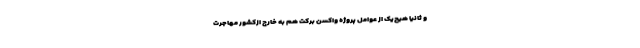
و ثانیا هیچ‌یک از عوامل پروژه واکسن برکت هم به خارج ازکشور مهاجرت